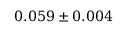
0 . 0 5 9 \pm 0 . 0 0 4